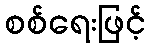
စစ်ရေးဖြင့်